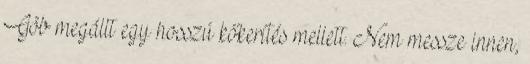
Göb megállt egy hosszú kőkerítés mellett. Nem messze innen,